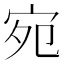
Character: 宛